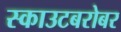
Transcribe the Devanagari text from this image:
स्काउटबरोबर